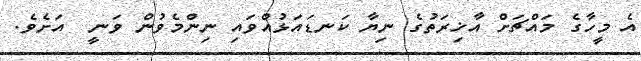
އެ މީހާގެ މައްޗަށް އާޚިރަތުގެ ނިޔާ ކަނޑައަޅުއްވައި ނިންމެވުން ވަނީ  އަށެވެ.